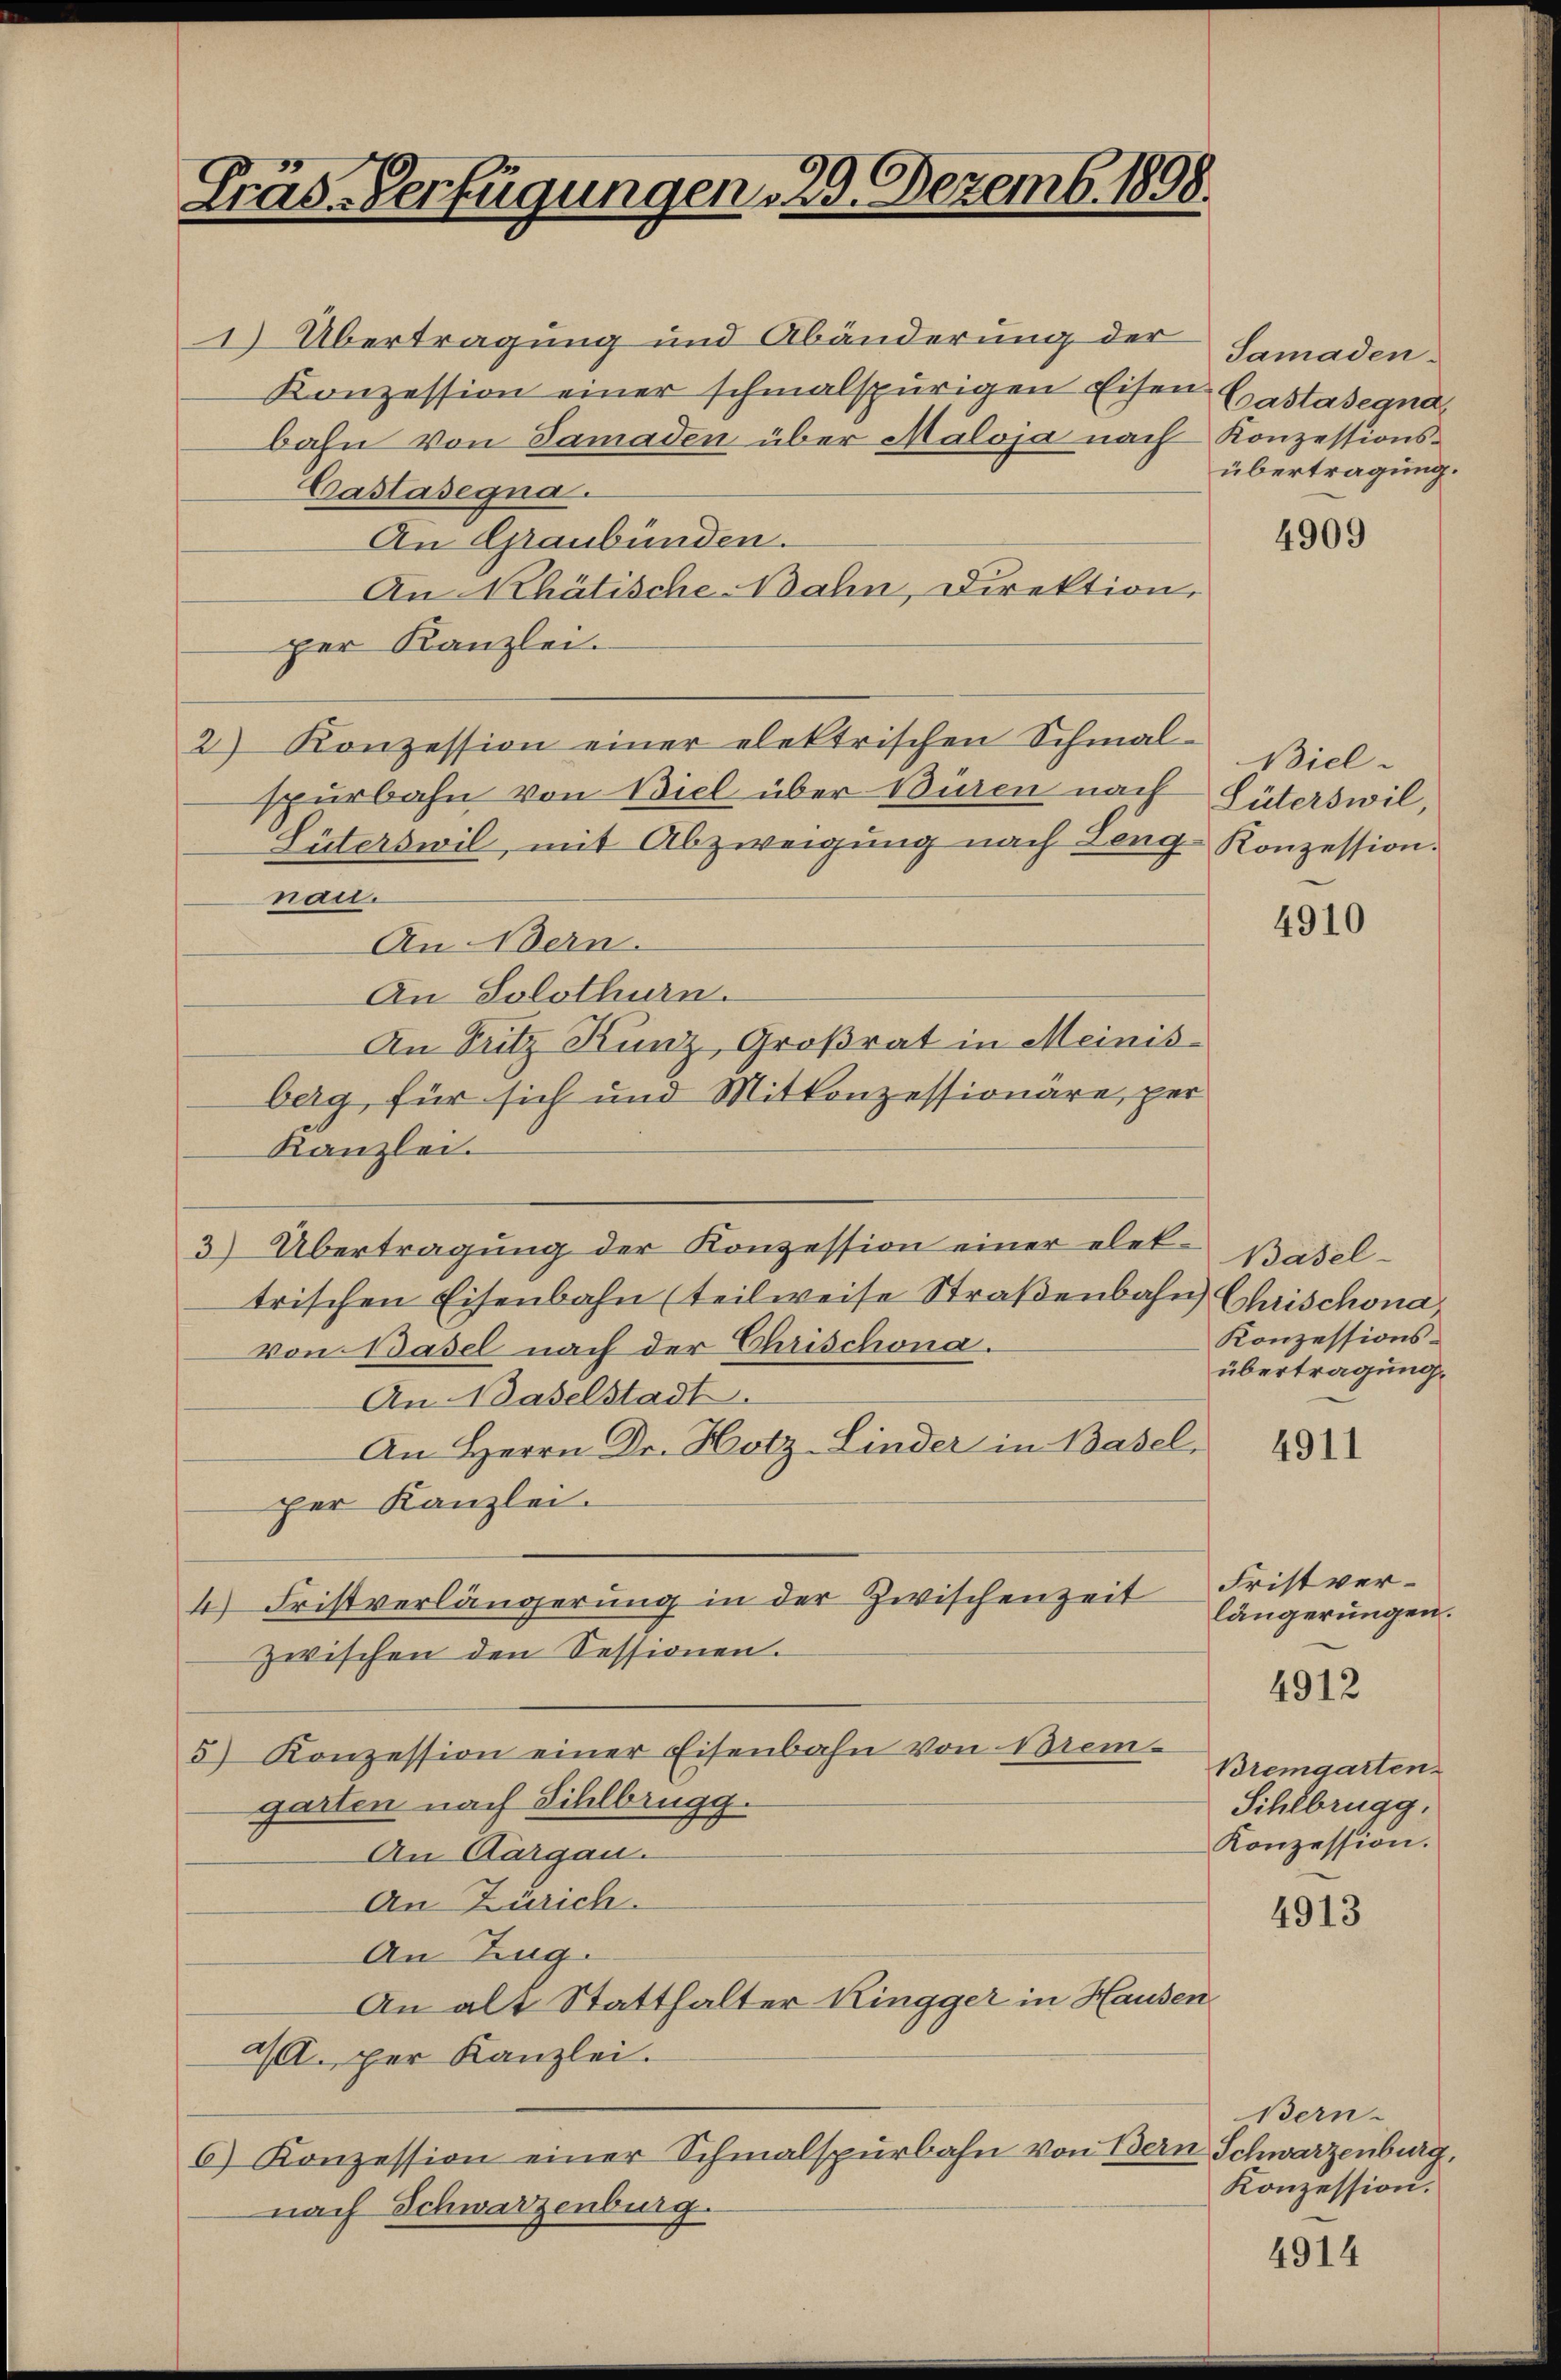
Fräs-Verfügungen, 29. Dezemb. 1898.

1) Übertragung und Abänderung der
Konzession einer schmalspurigen Eisen.
bahn von Samaden über Maloja nach Konzessions-
Castasegna
An Graubünden.
An Rhätische Nahn, Direktion,
per Kanzlei.
2) Konzession einer elektrischen Schmal-
spurbahn von Biel über Büren nach
Lüterswil, mit Abzweigung nach Leng-Konzession.
nai.
An Bern.
An Solothurn.
An Fritz Kunz, Großrat in Meinisberg, für sich und Mitkonzessionäre, per
Kanzlei.
3) Übertragung der Konzession einer elet-Basel-
trischen Eisenbahn (teilweise Straßenbahn Chrischona
von Basel nach der Chrischona.
An Waselstadt.
An Herrn Dr. Hotz-Linder in Basel,
per Kanzlei.
4) Fristverlängerung in der Zwischenzeit
zwischen den Sessionen.
5) Konzession einer Eisenbahn von Brem-
garten nach Sihlbrugg.
An Aargau.
An Zürich.
An Zug.
An alt Statthalter Kingger in Hausen
al. per Kanzlei.
6) Konzession einer Schmalspurbahn von Bern Schwarzenburg,
nach Schwarzenburg.

Samaden.
Castasegna,
übertragung.

4909

Biel¬
Lüterswil,

4910

Konzessions-
übertragung.

4911

Fristverlängerungen.

4912

Bremgarten
Sihlbrugg.
Konzession.

4913

Bern-
Konzession.

4914